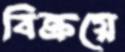
বিক্রয়ে